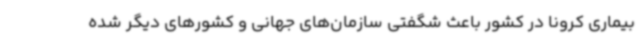
بیماری کرونا در کشور باعث شگفتی سازمان‌های جهانی و کشورهای دیگر شده